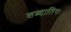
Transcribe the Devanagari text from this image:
शब्दातिगः